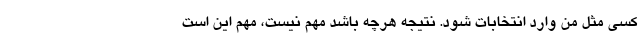
کسی مثل من وارد انتخابات شود. نتیجه هرچه باشد مهم نیست، مهم این است